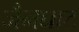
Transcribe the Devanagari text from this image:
जैनघाट